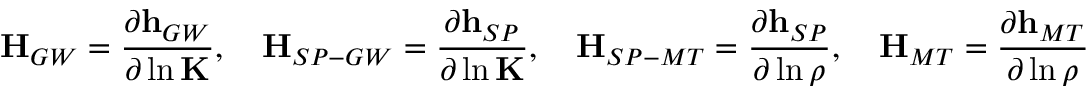
\mathbf { H } _ { G W } = \frac { \partial \mathbf { h } _ { G W } } { \partial \ln \mathbf { K } } , \quad \mathbf { H } _ { S P - G W } = \frac { \partial \mathbf { h } _ { S P } } { \partial \ln \mathbf { K } } , \quad \mathbf { H } _ { S P - M T } = \frac { \partial \mathbf { h } _ { S P } } { \partial \ln \rho } , \quad \mathbf { H } _ { M T } = \frac { \partial \mathbf { h } _ { M T } } { \partial \ln \rho }